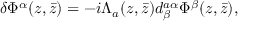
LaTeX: \delta \Phi ^ { \alpha } ( z , \bar { z } ) = - i \Lambda _ { a } ( z , \bar { z } ) d _ { \beta } ^ { a \alpha } \Phi ^ { \beta } ( z , \bar { z } ) ,